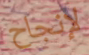
لإنجاح